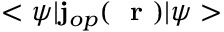
< \psi | { \bf j } _ { o p } ( \mathrm { ~ \bf ~ r ~ } ) | \psi >